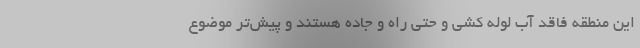
این منطقه فاقد آب لوله کشی و حتی راه‌ و جاده هستند و پیش‌تر موضوع